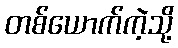
တစ်ယောက်ကဲ့သို့